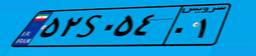
۳۵S۷۹۰۷۶